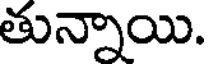
తున్నాయి.